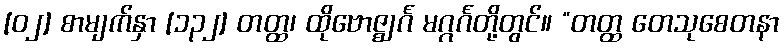
[၀၂] စာမျက်နှာ [၁၃၂] တတ္ထ၊ ထိုဗောဇ္ဈင်္ဂ မဂ္ဂင်္ဂတို့တွင်။ “တတ္ထ တေသုစေတနာ